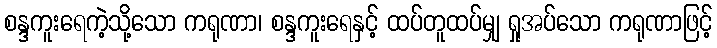
စန္ဒကူးရေကဲ့သို့သော ကရုဏာ၊ စန္ဒကူးရေနှင့် ထပ်တူထပ်မျှ ရှုအပ်သော ကရုဏာဖြင့်